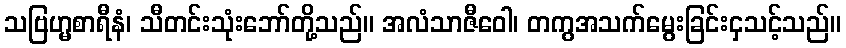
သဗြဟ္မစာရီနံ၊ သီတင်းသုံးဘော်တို့သည်။ အလံသာဇီဝေါ၊ တကွအသက်မွေးခြင်းငှသင့်သည်။